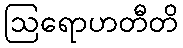
ဩရောဟတီတိ